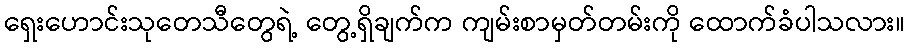
ရှေးဟောင်းသုတေသီတွေရဲ့ တွေ့ရှိချက်က ကျမ်းစာမှတ်တမ်းကို ထောက်ခံပါသလား။